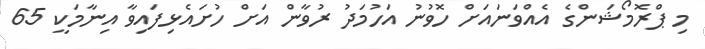
މި ޕްރޮމޯޝަންގެ އެއްވަނައަށް ހޮވުނު އަހުމަދު ރުވާން އަށް ހުށައެޅިފައިވާ އިނާމަކީ 65